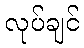
လုပ်ချင်